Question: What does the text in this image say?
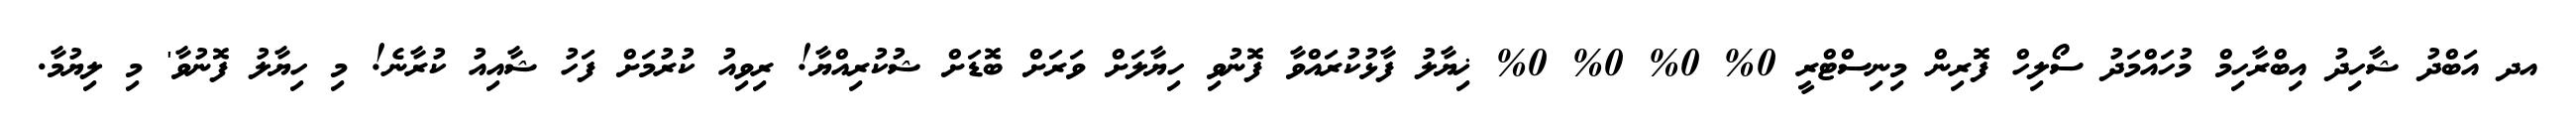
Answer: އދ އަބްދު ޝާހިދު އިބްރާހިމް މުހައްމަދު ސޯލިހް ފޮރިން މިނިސްޓްރީ 0% 0% 0% 0% ޚިޔާލު ފާޅުކުރައްވާ ފޮނުވި ހިޔާލަށް ވަރަށް ބޮޑަށް ޝުކުރިއްޔާ! ރިވިއު ކުރުމަށް ފަހު ޝާއިއު ކުރާނެ! މި ހިޔާލު ފޮނުވާ' މި ލިޔުމާ.